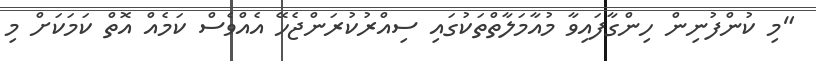
"މި ކުންފުނިން ހިންގާފައިވާ މުއާމަލާތްތަކުގައި ސިއްރުކުރަންޖެހޭ އެއްވެސް ކަމެއް އޮތް ކަމަކަށް މި